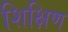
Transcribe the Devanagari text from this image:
शिक्षिण